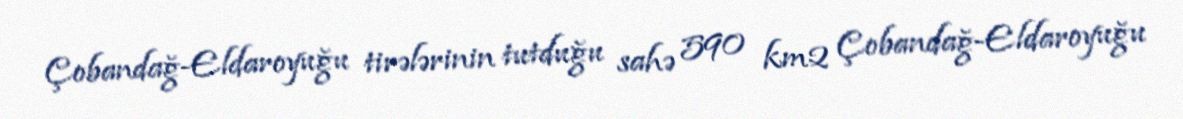
Çobandağ-Eldaroyuğu tirələrinin tutduğu sahə 590 km2 Çobandağ-Eldaroyuğu